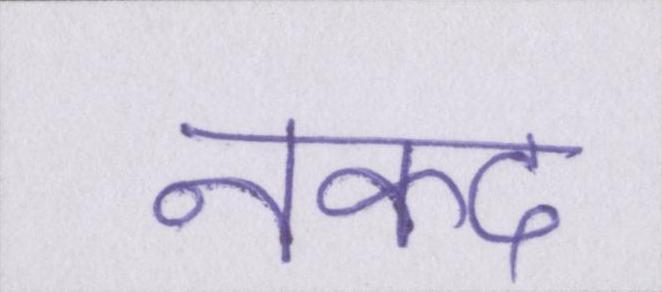
नकद